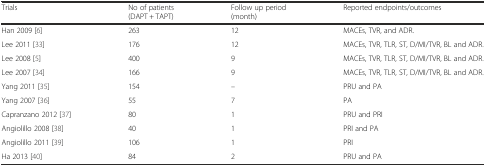
<table><thead><tr><td><b>Trials</b></td><td><b>No of patients (DAPT + TAPT)</b></td><td><b>Follow up period (month)</b></td><td><b>Reported endpoints/outcomes</b></td></tr></thead><tbody><tr><td>Han 2009 [6]</td><td>263</td><td>12</td><td>MACEs, TVR, and ADR.</td></tr><tr><td>Lee 2011 [33]</td><td>176</td><td>12</td><td>MACEs, TVR, TLR, ST, D/MI/TVR, BL and ADR.</td></tr><tr><td>Lee 2008 [5]</td><td>400</td><td>9</td><td>MACEs, TVR, TLR, ST, D/MI/TVR, BL and ADR.</td></tr><tr><td>Lee 2007 [34]</td><td>166</td><td>9</td><td>MACEs, TVR, TLR, ST, D/MI/TVR, BL and ADR.</td></tr><tr><td>Yang 2011 [35]</td><td>154</td><td>–</td><td>PRU and PA</td></tr><tr><td>Yang 2007 [36]</td><td>55</td><td>7</td><td>PA</td></tr><tr><td>Capranzano 2012 [37]</td><td>80</td><td>1</td><td>PRU and PRI</td></tr><tr><td>Angiolillo 2008 [38]</td><td>40</td><td>1</td><td>PRI and PA</td></tr><tr><td>Angiolillo 2011 [39]</td><td>106</td><td>1</td><td>PRI</td></tr><tr><td>Ha 2013 [40]</td><td>84</td><td>2</td><td>PRU and PA</td></tr></tbody></table>